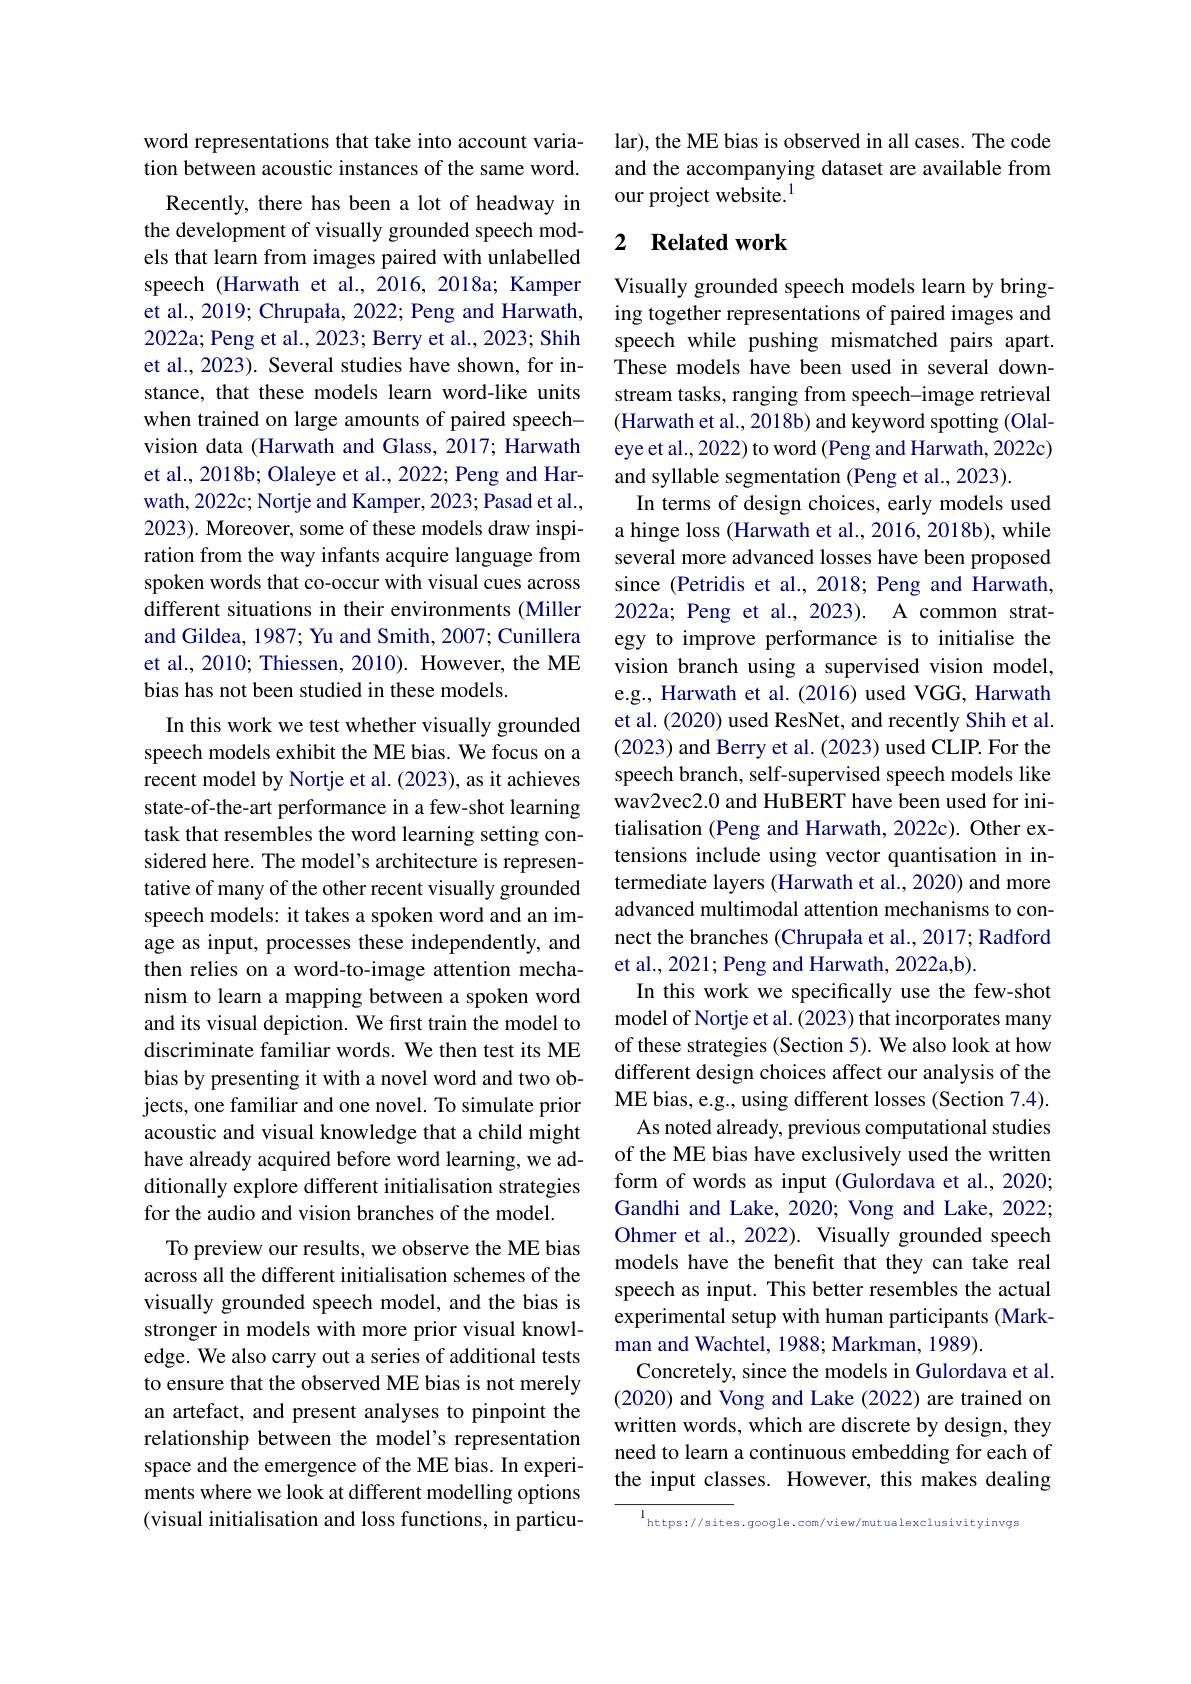
word representations that take into account variation between acoustic instances of the same word.
Recently, there has been a lot of headway in the development of visually grounded speech models that learn from images paired with unlabelled speech (Harwath et al.,2016,2018a; Kamper et al., 2019; Chrupała, 2022; Peng and Harwath, 2022a; Peng et al., 2023; Berry et al., 2023; Shih et al., 2023). Several studies have shown, for instance, that these models learn word-like units when trained on large amounts of paired speechvision data (Harwath and Glass, 2017; Harwath et al., 2018b; Olaleye et al., 2022; Peng and Harwath, 2022c; Nortje and Kamper, 2023; Pasad et al., 2023). Moreover, some of these models draw inspiration from the way infants acquire language from spoken words that co-occur with visual cues across different situations in their environments (Miller and Gildea, 1987; Yu and Smith, 2007; Cunillera et al., 2010; Thiessen, 2010). However, the ME bias has not been studied in these models.
In this work we test whether visually grounded speech models exhibit the ME bias. We focus on a recent model by Nortje et al. (2023), as it achieves state-of-the-art performance in a few-shot learning task that resembles the word learning setting considered here. The model's architecture is representative of many of the other recent visually grounded speech models: it takes a spoken word and an image as input, processes these independently, and then relies on a word-to-image attention mechanism to learn a mapping between a spoken word and its visual depiction. We first train the model to discriminate familiar words. We then test its ME bias by presenting it with a novel word and two objects, one familiar and one novel. To simulate prior acoustic and visual knowledge that a child might have already acquired before word learning, we additionally explore different initialisation strategies for the audio and vision branches of the model.
To preview our results, we observe the ME bias across all the different initialisation schemes of the visually grounded speech model, and the bias is stronger in models with more prior visual knowledge. We also carry out a series of additional tests to ensure that the observed ME bias is not merely an artefact, and present analyses to pinpoint the relationship between the model's representation space and the emergence of the ME bias. In experiments where we look at different modelling options (visual initialisation and loss functions, in particu-

lar), the ME bias is observed in all cases. The code and the accompanying dataset are available from our project website.$^{1}$

### 2 $\textbf{Related work}$

Visually grounded speech models learn by bringing together representations of paired images and speech while pushing mismatched pairs apart. These models have been used in several downstream tasks, ranging from speech-image retrieval (Harwath et al., 2018b) and keyword spotting (Olaleye et al., 2022) to word (Peng and Harwath, 2022c) and syllable segmentation (Peng et al., 2023).
In terms of design choices, early models used a hinge loss (Harwath et al., 2016, 2018b), while several more advanced losses have been proposed since (Petridis et al., 2018; Peng and Harwath, 2022a; Peng et al., 2023). A common strategy to improve performance is to initialise the vision branch using a supervised vision model, e.g., Harwath et al.(2016) used VGG, Harwath et al. (2020) used ResNet, and recently Shih et al. (2023) and Berry et al. (2023) used CLIP. For the speech branch, self-supervised speech models like wav2vec2.0 and HuBERT have been used for initialisation (Peng and Harwath, 2022c). Other extensions include using vector quantisation intermediate layers (Harwath et al., 2020) and more advanced multimodal attention mechanisms to connect the branches (Chrupała et al., 2017; Radford et al., 2021; Peng and Harwath, 2022a,b).
In this work we specifically use the few-shot model of Nortje et al. (2023) that incorporates many of these strategies (Section 5). We also look at how different design choices affect our analysis of the ME bias, e.g., using different losses (Section 7.4). As noted already, previous computational studies of the ME bias have exclusively used the written form of words as input (Gulordava et al., 2020; Gandhi and Lake, 2020; Vong and Lake, 2022; Ohmer et al., 2022). Visually grounded speech models have the benefit that they can take real speech as input. This better resembles the actual experimental setup with human participants (Markman and Wachtel, 1988; Markman, 1989).
Concretely, since the models in Gulordava et al. (2020) and Vong and Lake (2022) are trained on written words, which are discrete by design, they need to learn a continuous embedding for each of the input classes. However, this makes dealing
https://sites.google.com/view/mutualexclusivityinvgs